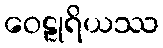
ဝေဠုရိယဿ